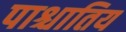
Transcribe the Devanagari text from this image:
पाश्चातिय